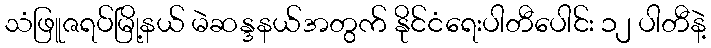
သံဖြူဇရပ်မြို့နယ် မဲဆန္ဒနယ်အတွက် နိုင်ငံရေးပါတီပေါင်း ၁၂ ပါတီနဲ့